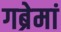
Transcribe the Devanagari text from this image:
गब्रेमां